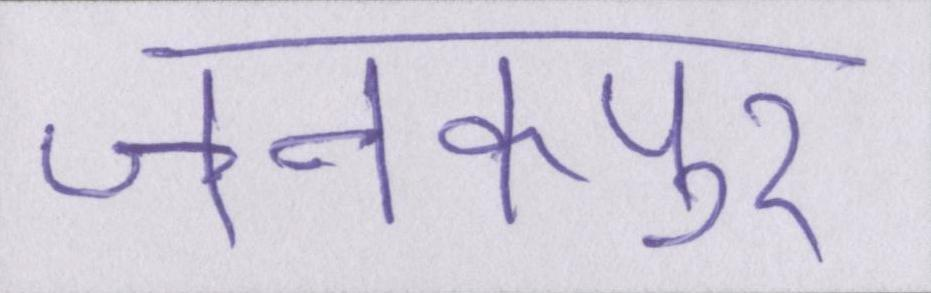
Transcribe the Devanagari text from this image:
जनकपुर